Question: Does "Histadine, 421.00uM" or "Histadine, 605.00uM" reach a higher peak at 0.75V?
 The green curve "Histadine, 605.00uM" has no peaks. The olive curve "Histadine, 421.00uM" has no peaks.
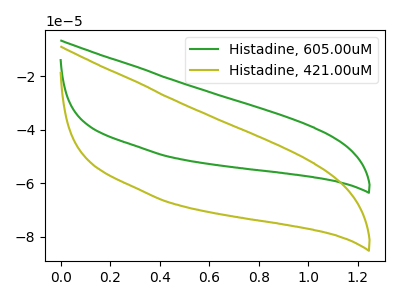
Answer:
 <answer>"Histadine, 421.00uM" and "Histadine, 605.00uM" dont share a peak at 0.75V.</answer>
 <eval>mismatch</eval>